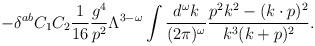
LaTeX: \begin{align*}- \delta^{ab} C_1C_2 {1\over 16} {g^4 \over p^2} \Lambda^{3-\omega}\int {d^\omega k \over (2\pi)^\omega} {p^2k^2-(k\cdot p)^2 \over k^3 (k+p)^2 }.\end{align*}